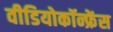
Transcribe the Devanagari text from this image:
वीडियोकॉन्फ्रेंस